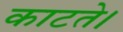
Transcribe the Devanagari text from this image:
काटते।